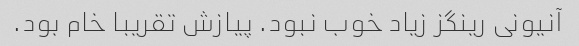
آنیونی رینگز زیاد خوب نبود. پیازش تقریبا خام بود.